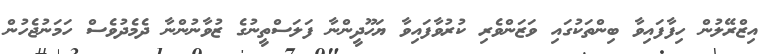
އިޒްރޭލުން ހިފާފައިވާ ބިންތަކުގައި ވަޒަންވެރި ކުރުވާފައިވާ ޔަހޫދީންނާ ފަލަސްތީނުގެ ޒުވާނުންނާ ދެމެދުވެސް ހަމަނުޖެހުން